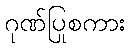
ဂုဏ်ပြုစကား